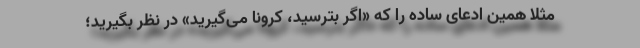
مثلا همین ادعای ساده را که «اگر بترسید، کرونا می‌گیرید» در نظر بگیرید؛